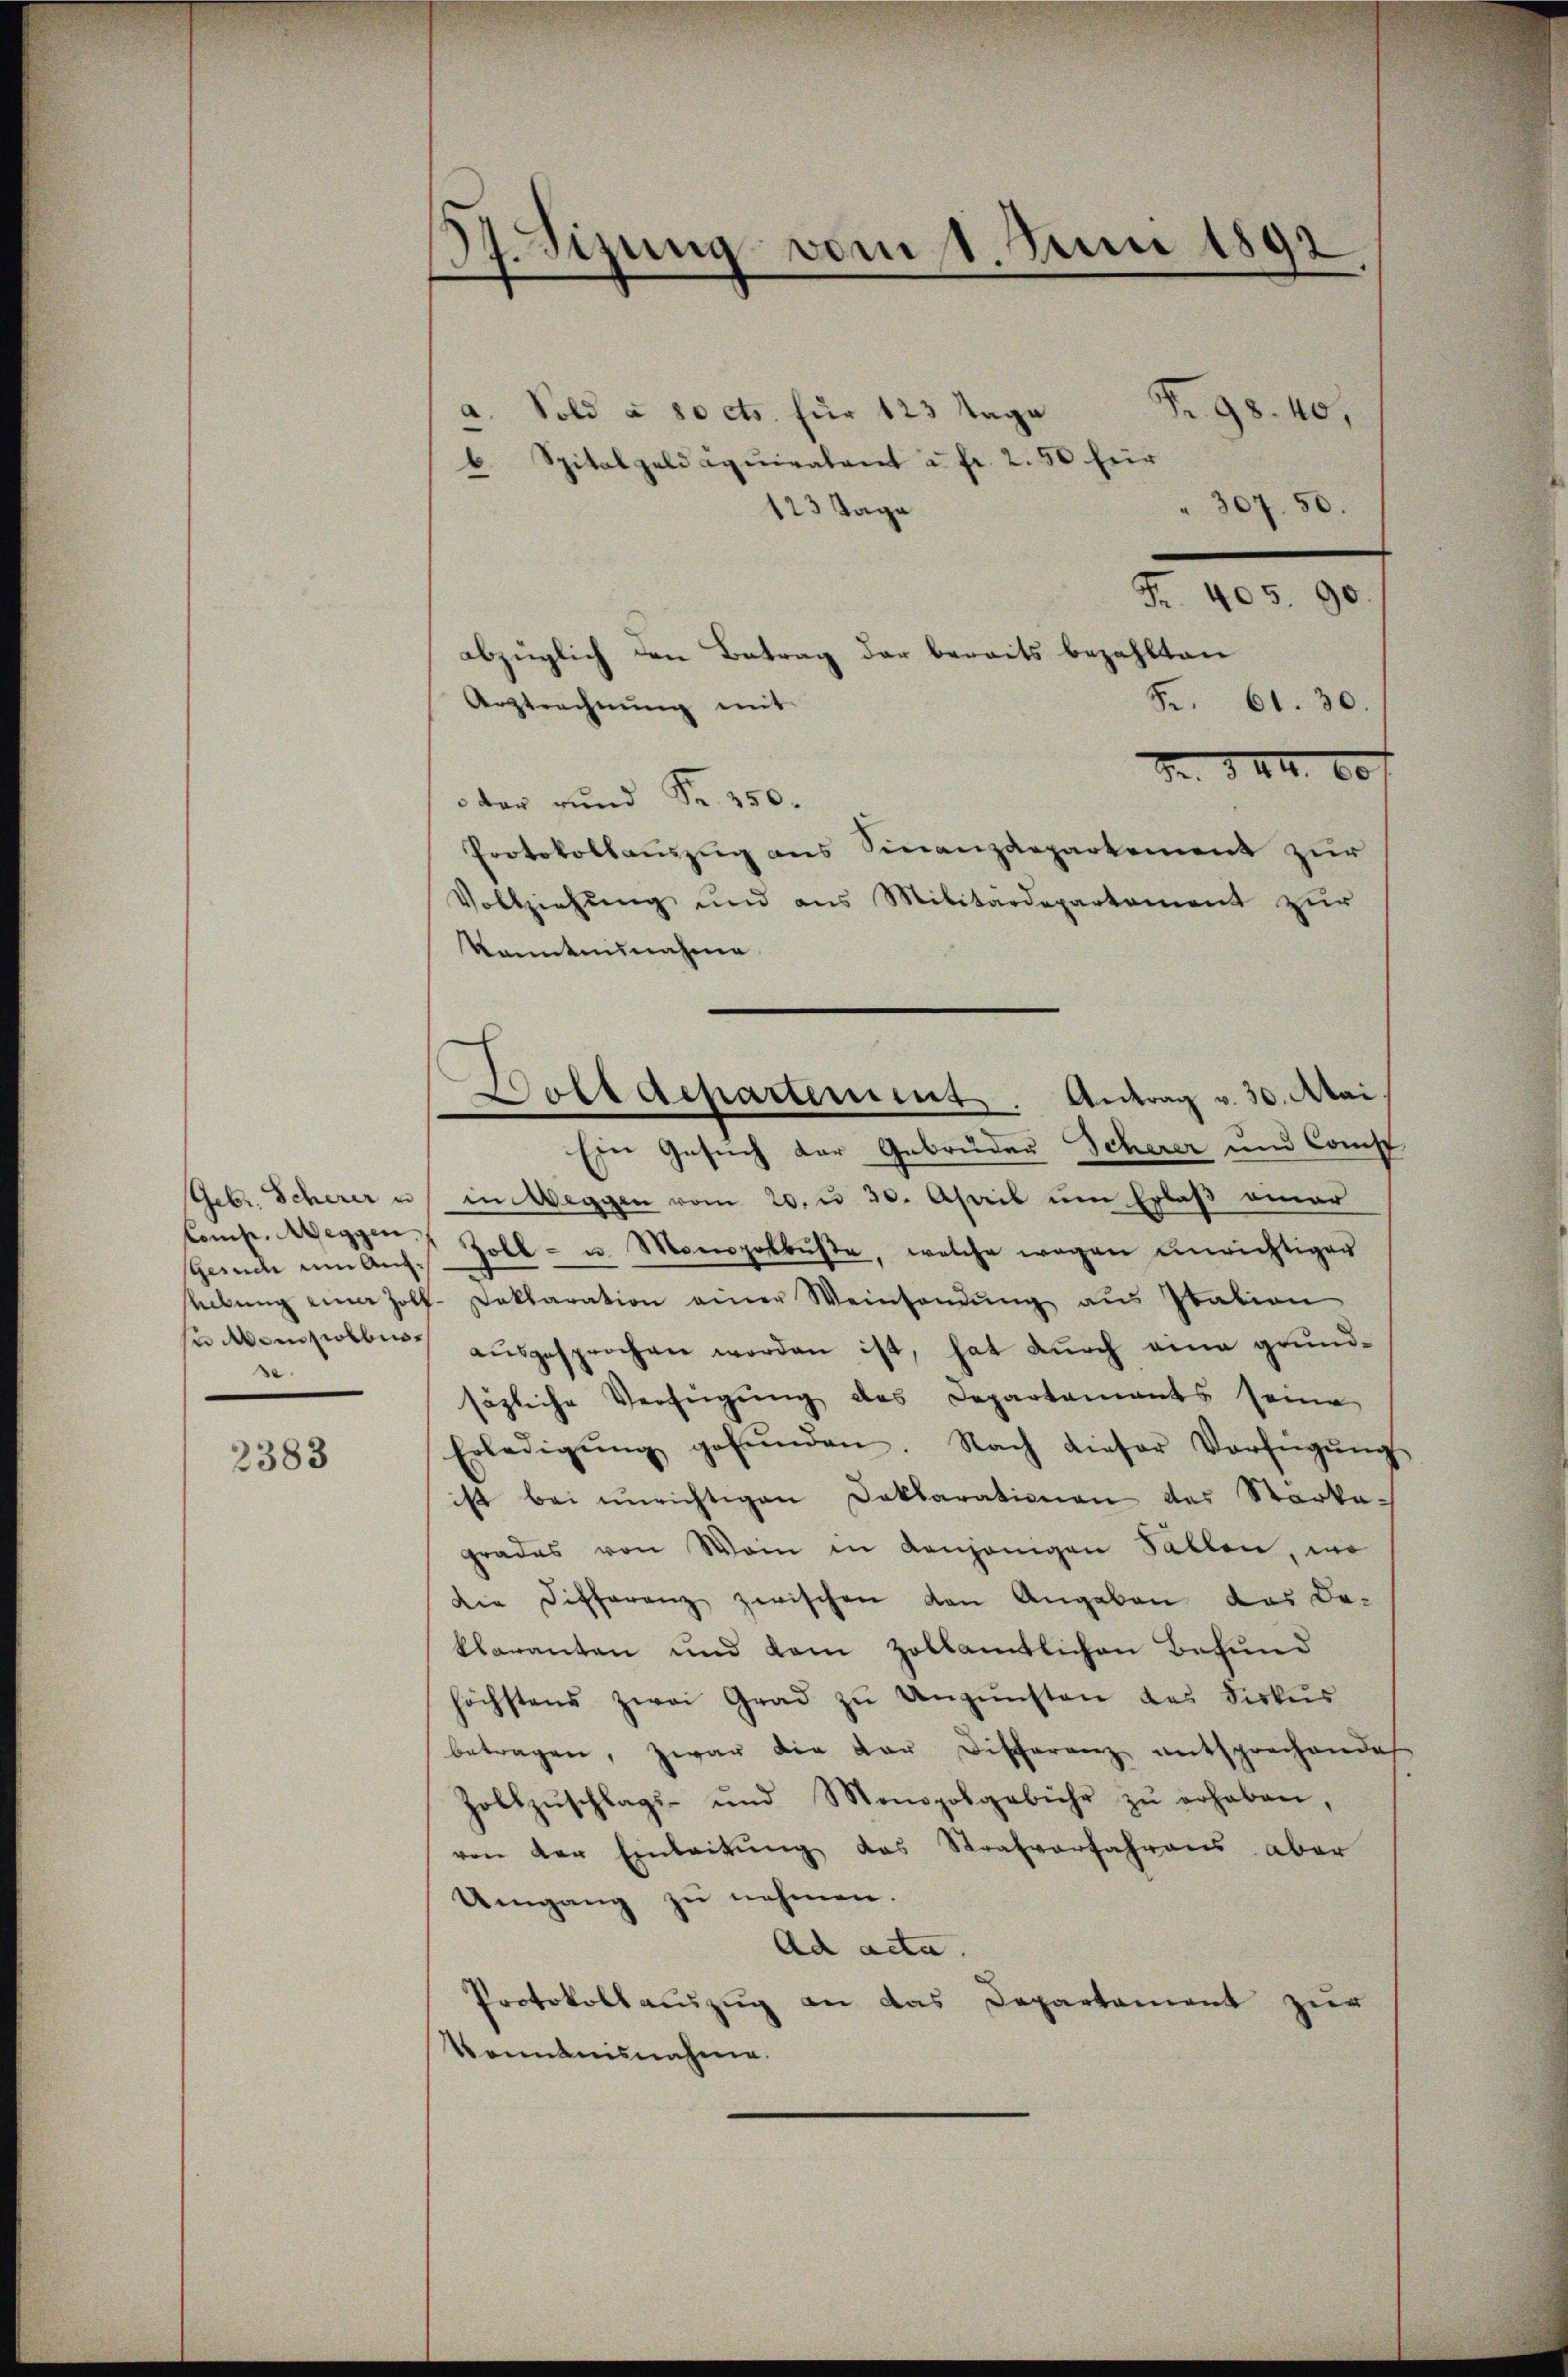
Febr. Scherer u
Comp. Weggen.
scende um Auf¬
u empobbusse.

2383

37. Sizung vom 1. Juni 1892.
Fr. 98. 40,
" 307. 50.

a. Sold à 80 cts. für 123 Tage
b. Spitalgeld Cqŭiralant u. fr. 2. 50 für
123 Tage
Fr. 405. 90.
abzüglich den Betrag der bereits bezahlten
Fr. 61. 30.
Arztrechnung mit
. 341. 60 f
 der rund Fr. 350.
Protokollauszug aus Finanzdepartement zur
Vollziehŭng und ans Militärdepartement zŭr
kanntnisnahme
Bolldepartement. Antrag v. 30. Mai.
Ein Gesuch der Gebrüder Scherer und Const
in Weggen vom 20. u 20. April um Erlaß einer
Zoll- u. Monopolbüste, welche wegen unrichtiger
hebŭng eine Holf-Daklaration einer Weinsendŭng aus Italion
aŭsgesprochen worden ist, hat durch eine grundsägliche Verfügŭng des Departements seine
Erledigŭng gefŭnden. Nach dieser Verfügŭng
ist bei unrichtigen Doktorationen des Starkegrades von Wein in denjenigen Fällen, wo
Die Differenz zwischen den Angaben des Be-
klaranten und dem Zollamtlichen Befund
höchstens zwai Grad zŭ Ungünsten des Fiskus
betragen, zwar die dar Differenz entsprechende
Zollzŭschlags- und Monopolgebühr zŭ erhaben,
von der Einleitŭng das Strafverfahrens aber
Umgang zu nehmen.
Ad acta.
Protokoll auszug an das Departement zur
Venntnisnahme